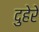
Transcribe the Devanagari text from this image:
दुहेरे